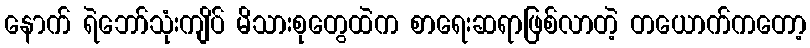
နောက် ရဲဘော်သုံးကျိပ် မိသားစုတွေထဲက စာရေးဆရာဖြစ်လာတဲ့ တယောက်ကတော့